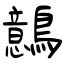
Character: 鷾